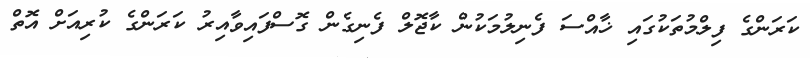
ކަރަންގެ ފިލްމުތަކުގައި ޚާއްސަ ފެނިލުމަކުން ކާޖޮލް ފެނިގެން ގޮސްފައިވާއިރު ކަރަންގެ ކުރިއަށް އޮތް